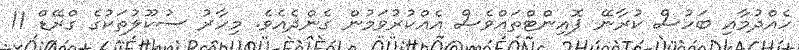
ހެއްދުމާއި ބަހުސް ކުރާނޭ ޕޮއިންޓްތައްވެސް އެއްކުރުވަމުން ގެންދެއެވެ. މިހާރު ސުކޫލުތަކުގެ ގްރޭޑް 11